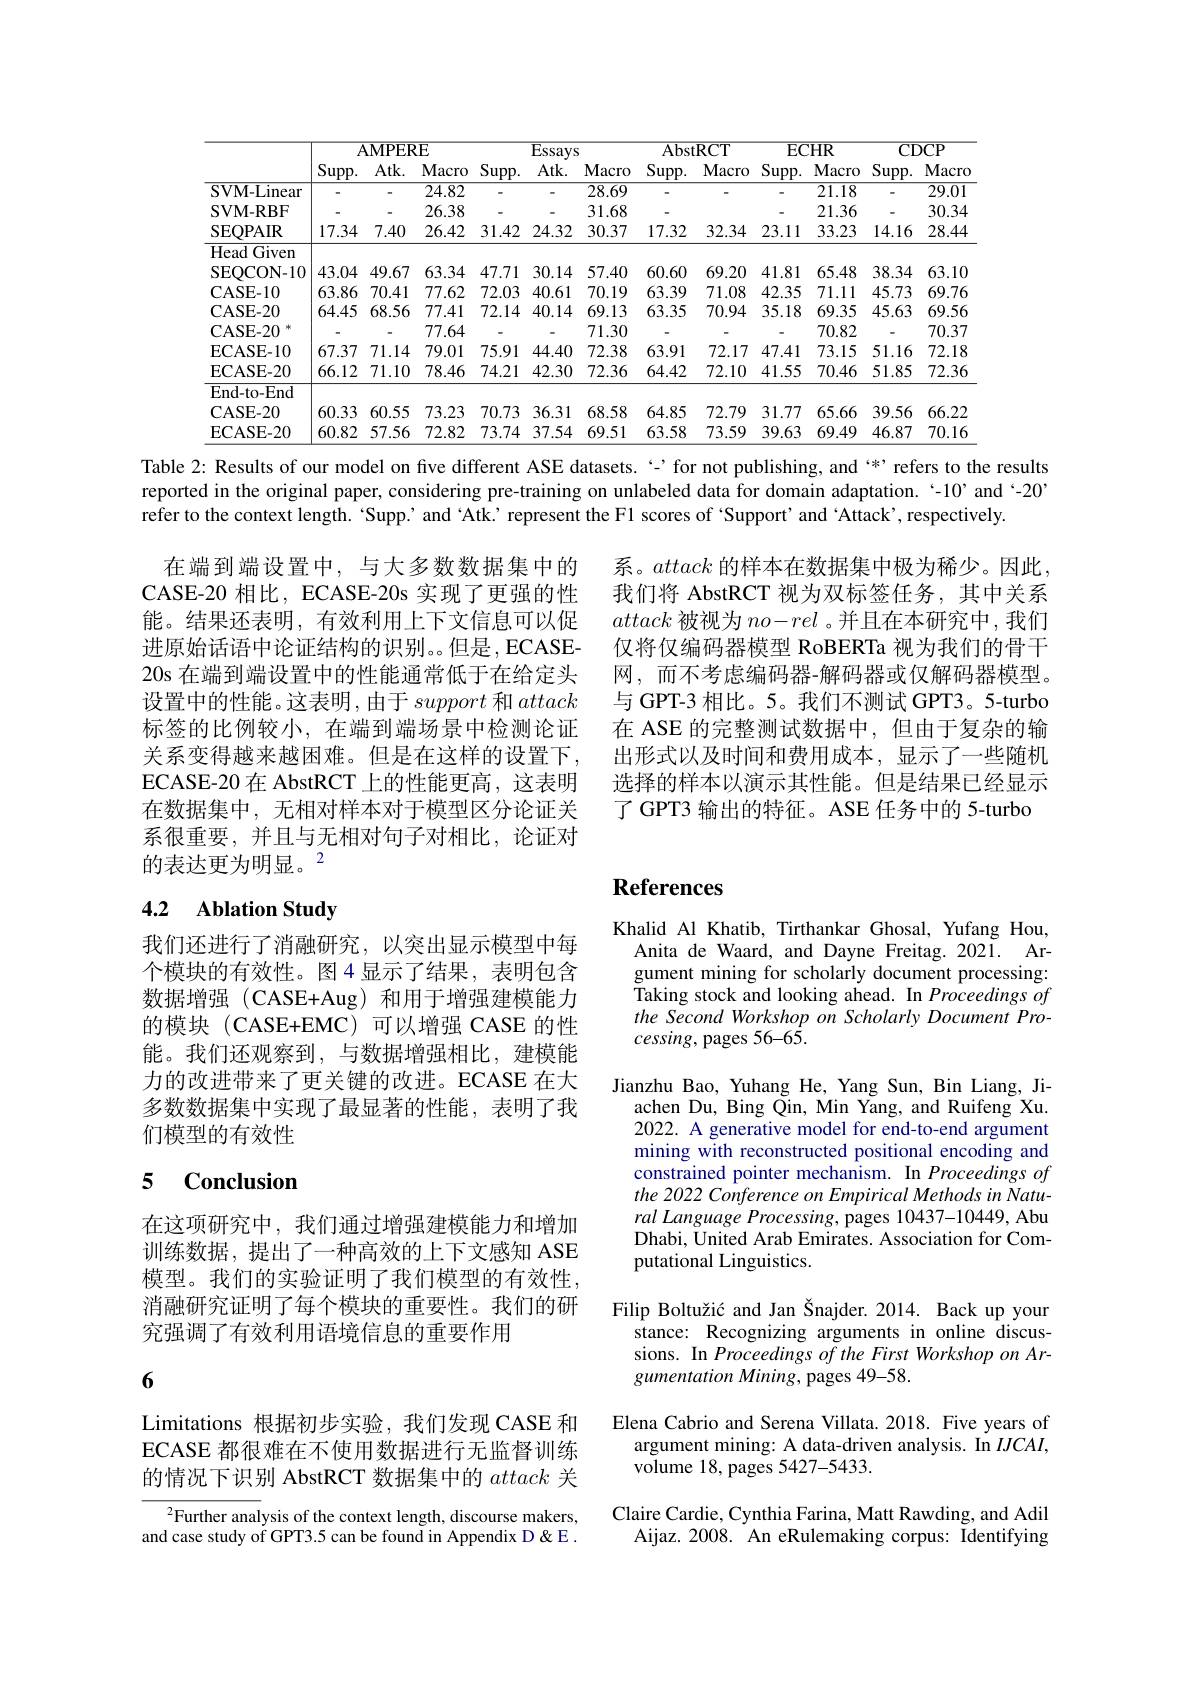
<table>
	<tbody>
		<tr>
			<th> </th>
			<th colspan="3">AMPERE</th>
			<th colspan="3">Essays</th>
			<th colspan="2">AbstRCT</th>
			<th colspan="2">ECHR</th>
			<th colspan="2">CDCP</th>
		</tr>
		<tr>
			<th> </th>
			<th>$Supp.$</th>
			<th>$Atk.$</th>
			<th>Macro</th>
			<th>$Supp.$</th>
			<th>$Atk.$</th>
			<th>Macro</th>
			<th>$Supp.$</th>
			<th>Macro</th>
			<th>$Supp.$</th>
			<th>Macro</th>
			<th>$Supp.$</th>
			<th>Macro</th>
		</tr>
		<tr>
			<td>${\mathrm{SVM-Linear}}$</td>
			<td>-</td>
			<td> </td>
			<td>24.82</td>
			<td> </td>
			<td>-</td>
			<td>28.69</td>
			<td> </td>
			<td> </td>
			<td> </td>
			<td>21.18</td>
			<td> </td>
			<td>$\overline{29.01}$</td>
		</tr>
		<tr>
			<td>$\mathbf{SVM-RBF}$</td>
			<td> </td>
			<td> </td>
			<td>26.38</td>
			<td> </td>
			<td> </td>
			<td>31.68</td>
			<td>-</td>
			<td> </td>
			<td> </td>
			<td>21.36</td>
			<td> </td>
			<td>30.34</td>
		</tr>
		<tr>
			<td>SEQPAIR</td>
			<td>17.34</td>
			<td>7.40</td>
			<td>26.42</td>
			<td>31.42</td>
			<td>24.32</td>
			<td>30.37</td>
			<td>17.32</td>
			<td>32.34</td>
			<td>23.11</td>
			<td>33.23</td>
			<td>14.16</td>
			<td>28.44</td>
		</tr>
		<tr>
			<td>Head Given</td>
			<td> </td>
			<td> </td>
			<td> </td>
			<td> </td>
			<td> </td>
			<td> </td>
			<td> </td>
			<td> </td>
			<td> </td>
			<td> </td>
			<td> </td>
			<td> </td>
		</tr>
		<tr>
			<td>SEQCON- 10</td>
			<td>43.04</td>
			<td>49.67</td>
			<td>63.34</td>
			<td>47.71</td>
			<td>30.14</td>
			<td>57.40</td>
			<td>60.60</td>
			<td>69.20</td>
			<td>41.81</td>
			<td>65.48</td>
			<td>38.34</td>
			<td>63.10</td>
		</tr>
		<tr>
			<td>CASE- 10</td>
			<td>63.86</td>
			<td>70.41</td>
			<td>77.62</td>
			<td>72.03</td>
			<td>40.61</td>
			<td>70.19</td>
			<td>63.39</td>
			<td>71.08</td>
			<td>42.35</td>
			<td>71.11</td>
			<td>45.73</td>
			<td>69.76</td>
		</tr>
		<tr>
			<td>$\mathbf{CASE-20}$</td>
			<td>64.45</td>
			<td>68.56</td>
			<td>77.41</td>
			<td>72.14</td>
			<td>40.14</td>
			<td>69.13</td>
			<td>63.35</td>
			<td>70.94</td>
			<td>35.18</td>
			<td>69.35</td>
			<td>45.63</td>
			<td>69.56</td>
		</tr>
		<tr>
			<td>$\mathbf{CASE-20}$</td>
			<td> </td>
			<td> </td>
			<td>77.64</td>
			<td> </td>
			<td> </td>
			<td>71.30</td>
			<td>-</td>
			<td> </td>
			<td> </td>
			<td>70.82</td>
			<td> </td>
			<td>70.37</td>
		</tr>
		<tr>
			<td>ECASE- 10</td>
			<td>67.37</td>
			<td>71.14</td>
			<td>79.01</td>
			<td>75.91</td>
			<td>44.40</td>
			<td>72.38</td>
			<td>63.91</td>
			<td>72.17</td>
			<td>47.41</td>
			<td>73.15</td>
			<td>51.16</td>
			<td>72.18</td>
		</tr>
		<tr>
			<td>ECASE- 20</td>
			<td>66.12</td>
			<td>71.10</td>
			<td>78.46</td>
			<td>74.21</td>
			<td>42.30</td>
			<td>72.36</td>
			<td>64.42</td>
			<td>72.10</td>
			<td>41.55</td>
			<td>70.46</td>
			<td>51.85</td>
			<td>72.36</td>
		</tr>
		<tr>
			<td>End- to- End</td>
			<td> </td>
			<td> </td>
			<td> </td>
			<td> </td>
			<td> </td>
			<td> </td>
			<td> </td>
			<td> </td>
			<td> </td>
			<td> </td>
			<td> </td>
			<td> </td>
		</tr>
		<tr>
			<td>$\mathbf{CASE-20}$</td>
			<td>60.33</td>
			<td>60.55</td>
			<td>73.23</td>
			<td>70.73</td>
			<td>36.31</td>
			<td>68.58</td>
			<td>64.85</td>
			<td>72.79</td>
			<td>31.77</td>
			<td>65.66</td>
			<td>39.56</td>
			<td>66.22</td>
		</tr>
		<tr>
			<td>ECASE- 20</td>
			<td>60.82</td>
			<td>57.56</td>
			<td>72.82</td>
			<td>73.74</td>
			<td>37.54</td>
			<td>69.51</td>
			<td>63.58</td>
			<td>73.59</td>
			<td>39.63</td>
			<td>69.49</td>
			<td>46.87</td>
			<td>70.16</td>
		</tr>
	</tbody>
</table>

Table 2: Results of our model on five different ASE datasets. ‘’for not publishing, and`*’refers to the results reported in the original paper, considering pre-training on unlabeled data for domain adaptation. $\ddots 10’$ and $` - 20’$ refer to the context length. ‘Supp.’and ‘Atk: represent the F1 scores of ‘Support’and ‘Attack’,respectively.

系。attack的样本在数据集中极为稀少。因此我们将 AbstRCT 视为双标签任务，其中关系attack被视为$no-rel$ 。并且在本研究中，我们仅将仅编码器模型 RoBERTa 视为我们的骨干网，而不考虑编码器-解码器或仅解码器模型。与 GPT-3 相比。5。我们不测试 GPT3。5-turbo 在 ASE 的完整测试数据中，但由于复杂的输出形式以及时间和费用成本，显示了一些随机选择的样本以演示其性能。但是结果已经显示了 GPT3 输出的特征。ASE 任务中的 5-turbo

在端到端设置中，与大多数数据集中的CASE-20 相比，ECASE-20s 实现了更强的性能。结果还表明，有效利用上下文信息可以促进原始话语中论证结构的识别。但是，ECASE- 20s 在端到端设置中的性能通常低于在给定头设置中的性能。这表明，由于support和attack 标签的比例较小，在端到端场景中检测论证关系变得越来越困难。但是在这样的设置下， ECASE-20 在 AbstRCT 上的性能更高，这表明在数据集中，无相对样本对于模型区分论证关系很重要，并且与无相对句子对相比，论证对的表达更为明显。$^{2}$

## $\textbf{References}$

## 4.2 Ablation Study

Khalid Al Khatib, Tirthankar Ghosal, Yufang Hou,
Anita de Waard, and Dayne Freitag. 2021. Argument mining for scholarly document processing: Taking stock and looking ahead. In Proceedings of the Second Workshop on Scholarly Document Processing, pages 56-65.

我们还进行了消融研究，以突出显示模型中每个模块的有效性。图4显示了结果，表明包含数据增强(CASE+Aug)和用于增强建模能力的模块(CASE+EMC)可以增强 CASE 的性能。我们还观察到，与数据增强相比，建模能力的改进带来了更关键的改进。ECASE 在大多数数据集中实现了最显著的性能，表明了我们模型的有效性

Jianzhu Bao, Yuhang He, Yang Sun, Bin Liang, Ji-
achen Du, Bing Qin, Min Yang, and Ruifeng Xu. 2022. A generative model for end-to-end argument mining with reconstructed positional encoding and constrained pointer mechanism. In Proceedings of the 2022 Conference on Empirical Methods in Natu- $ral\textit{ Language Processing, pages 10437- 10449, Abu}$ Dhabi, United Arab Emirates. Association for Computational Linguistics.

## 5 Conclusion

在这项研究中，我们通过增强建模能力和增加训练数据，提出了一种高效的上下文感知 ASE 模型。我们的实验证明了我们模型的有效性， 消融研究证明了每个模块的重要性。我们的研究强调了有效利用语境信息的重要作用

Filip Boltužić and Jan Šnajder. 2014. Back up your
stance: Recognizing arguments in online discussions. In Proceedings of the First Workshop on Argumentation Mining, pages 49-58.

6

Elena Cabrio and Serena Villata. 2018. Five years of
argument mining: A data-driven analysis. In $IJCAI$,
${\mathrm{volume~18,~pages~5427-5433.}}$

Limitations 根据初步实验，我们发现 CASE 和ECASE 都很难在不使用数据进行无监督训练的情况下识别 AbstRCT 数据集中的attack关

Claire Cardie, Cynthia Farina, Matt Rawding, and Adil Aijaz. 2008. An eRulemaking corpus: Identifying

$^{2}$Further analysis of the context length, discourse makers, and case study of GPT3.5 can be found in Appendix D&E .